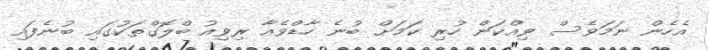
އެހެން ނަމަވެސް ވިއްކަން ހުރި ކަމަށް ބުނެ ހާޑްވެއާ ރިވިއު ބްލޮގްތަކުގައި ބުނެފައި